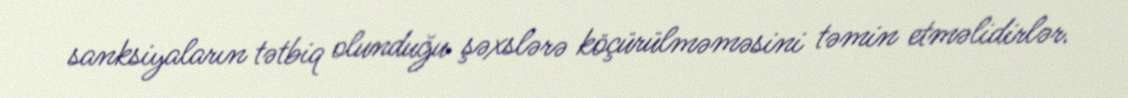
sanksiyaların tətbiq olunduğu şəxslərə köçürülməməsini təmin etməlidirlər.